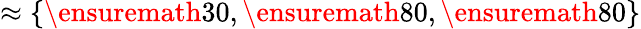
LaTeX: \approx\{ \ensuremath{30},\ensuremath{80},\ensuremath{80}\}